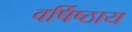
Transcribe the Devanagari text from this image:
वर्षिष्ठाय